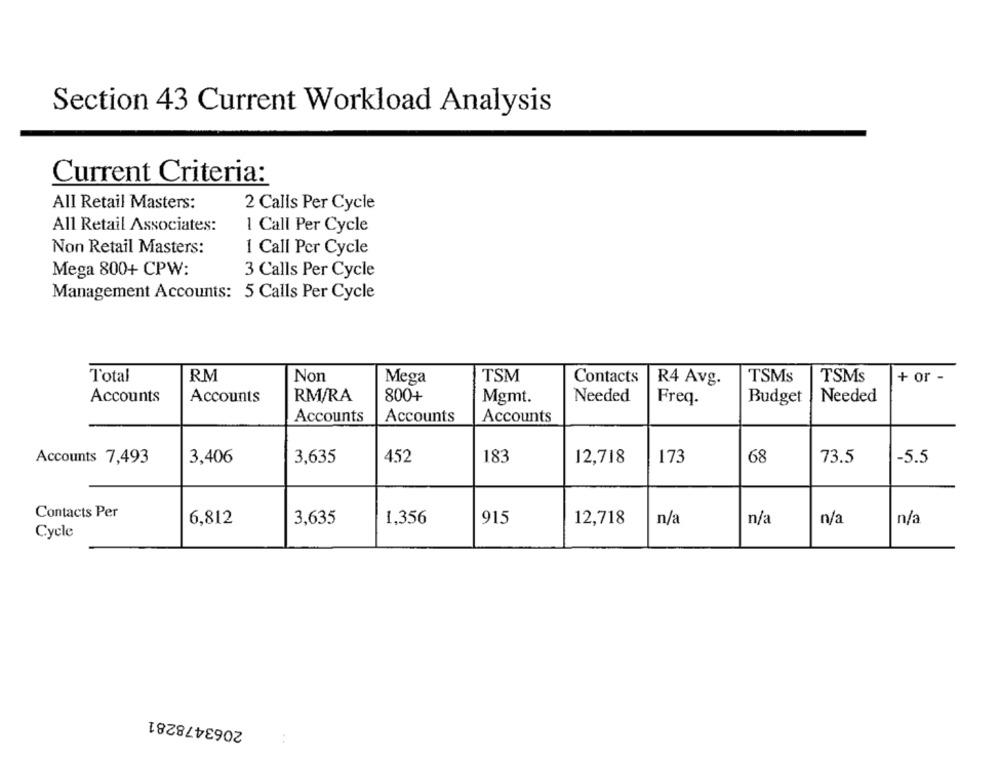
Section 43 Current Workload Analysis
Current Criteria:
All Retail Masters:
2 Calls Per Cycle
All Retail Associates:
1 Call Per Cycle
Non Retail Masters:
1 Call Per Cycle
Mega 800+ CPW:
3 Calls Per Cycle
Management Accounts: 5 Calls Per Cycle
Total
RM
Non
Mega
TSM
Contacts
R4 Avg.
TSMs
TSMs
+ or -
Accounts
Accounts
RM/RA
800+
Mgmt.
Needed
Freq.
Budget
Needed
Accounts
Accounts
Accounts
Accounts 7,493
3,406
3,635
452
183
12,718
173
68
73.5
-5.5
Contacts Per
6,812
3,635
1,356
915
12,718
n/a
n/a
n/a
n/a
Cycle
2063478281
: